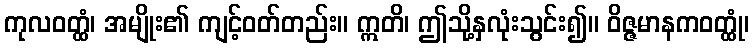
ကုလဝတ္ထံ၊ အမျိုး၏ ကျင့်ဝတ်တည်း။ ဣတိ၊ ဤသို့နှလုံးသွင်း၍။ ဝိဇ္ဇမာနကဝတ္ထုံ၊